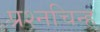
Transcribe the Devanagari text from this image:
प्रश्‍नचिन्ह